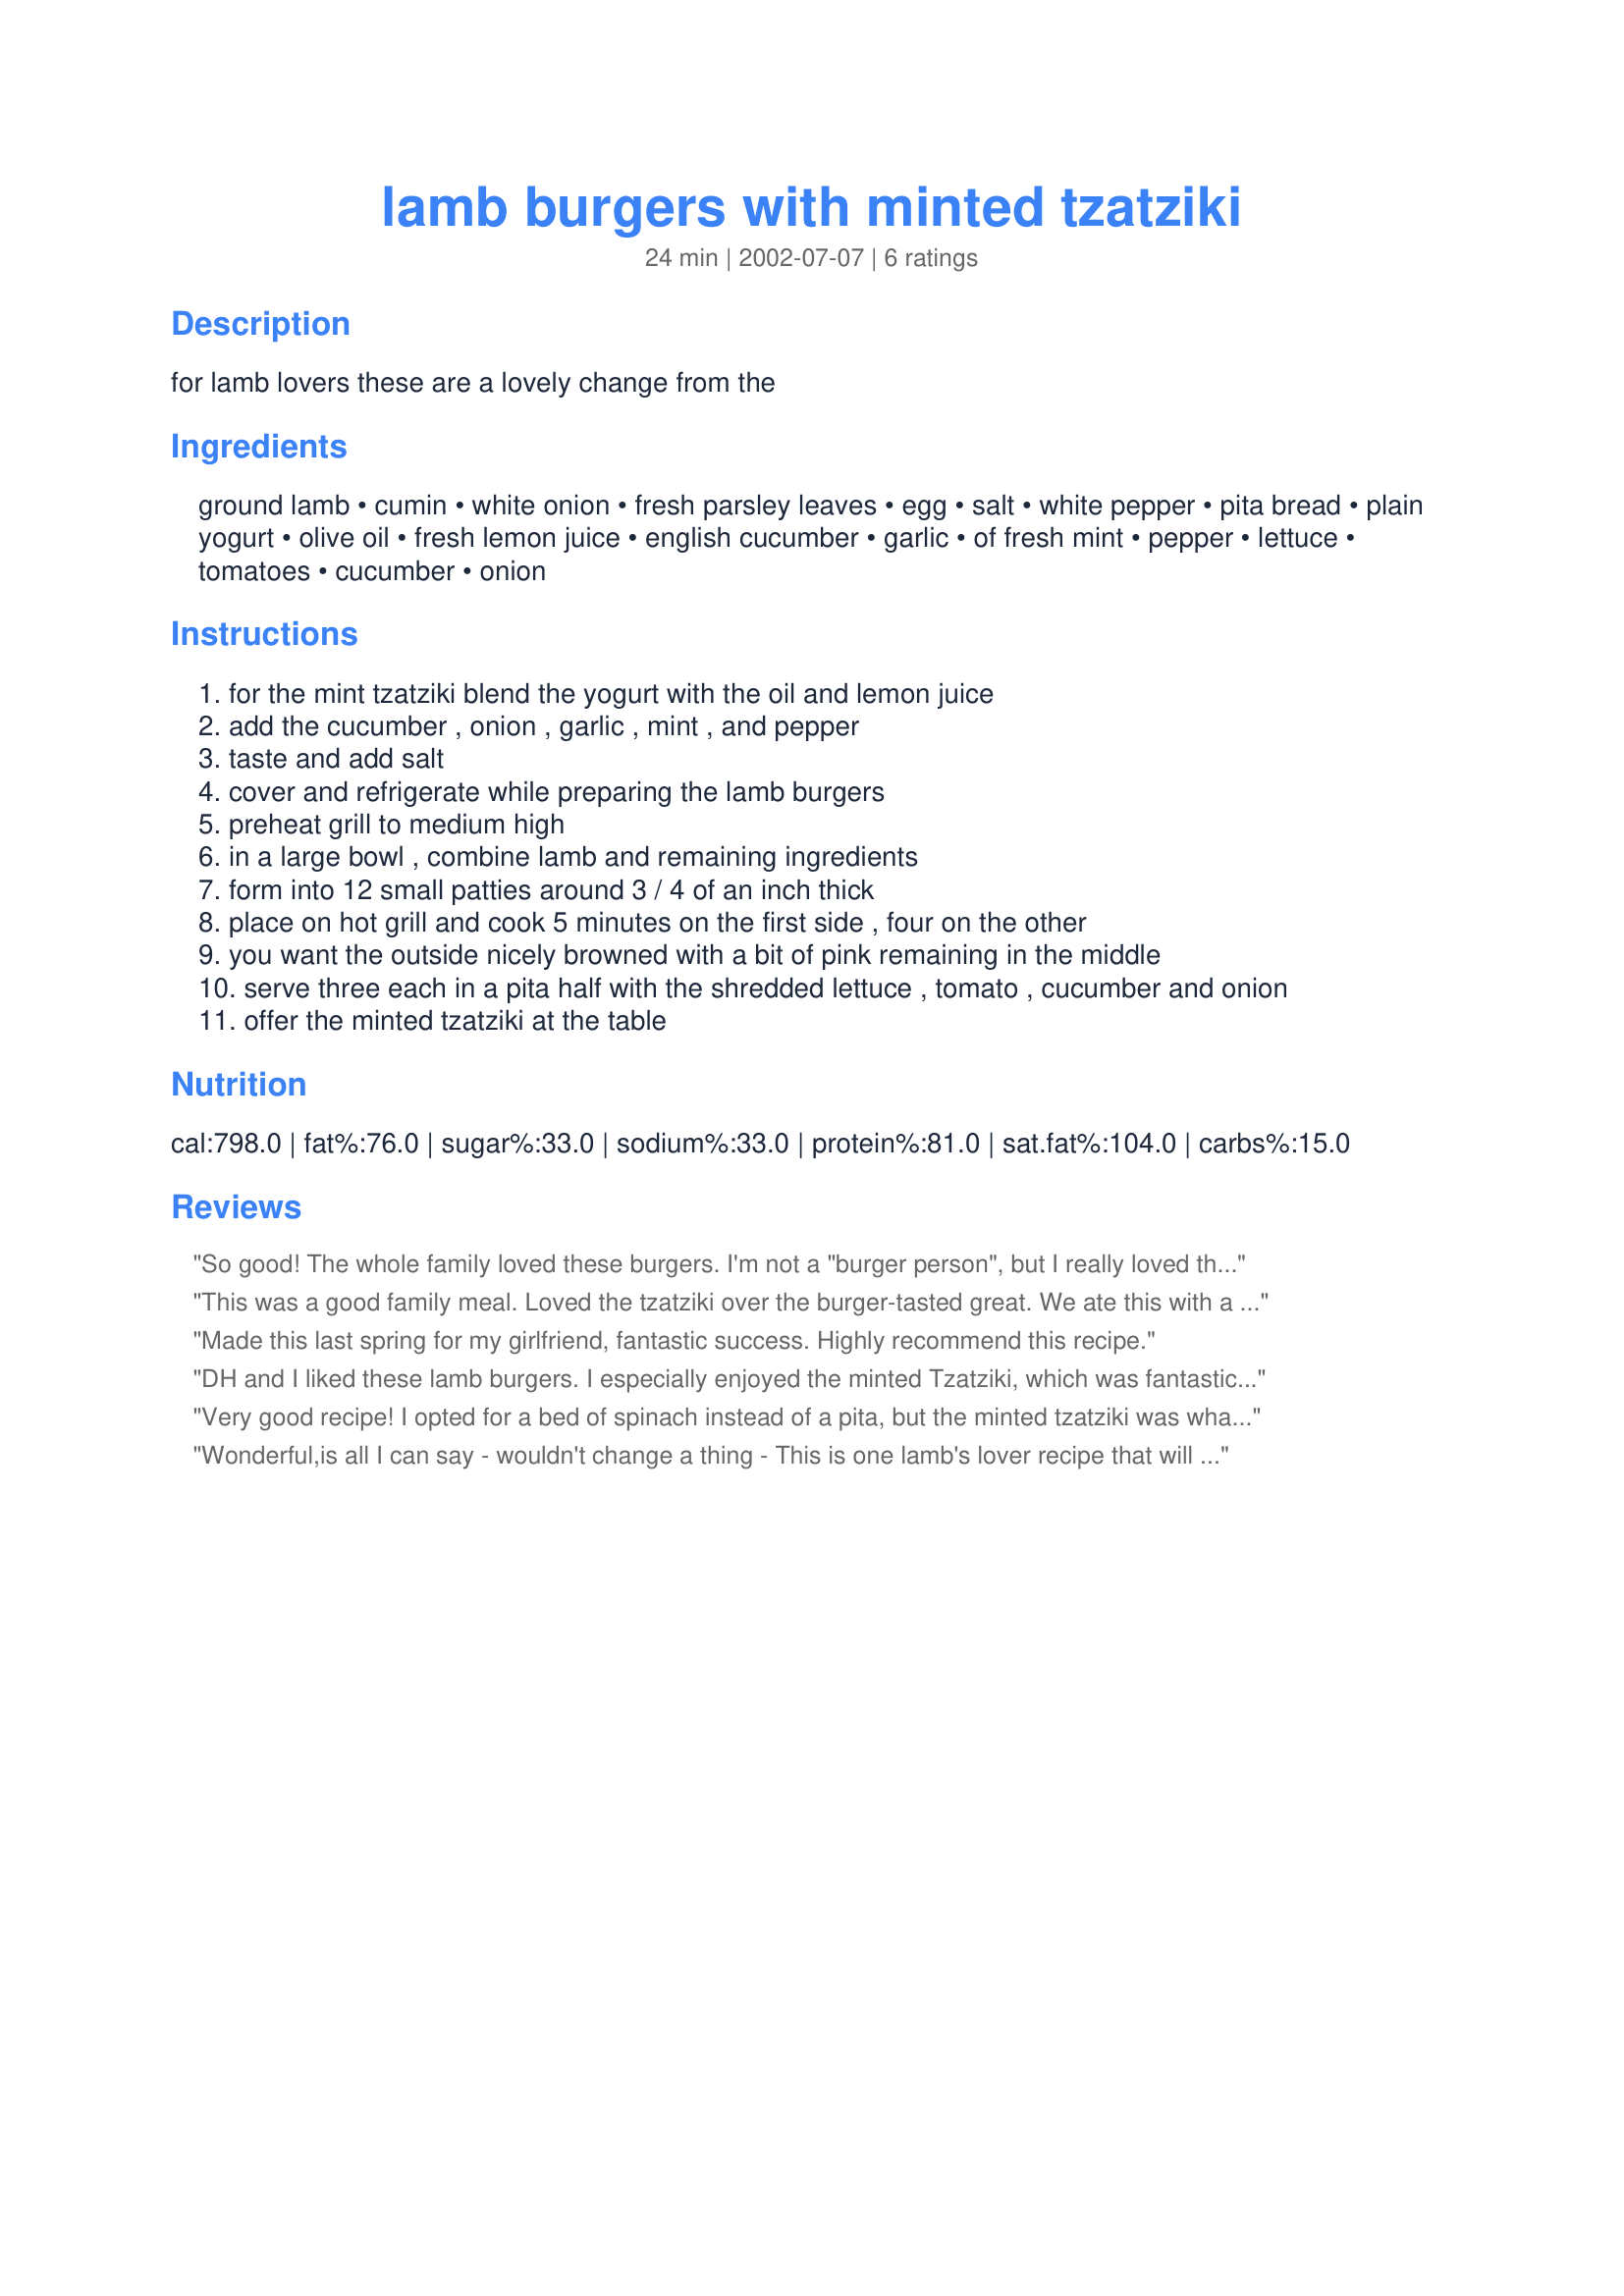
lamb burgers with minted tzatziki
Preparation time: 24 minutes

for lamb lovers these are a lovely change from the

Ingredients:
ground lamb, cumin, white onion, fresh parsley leaves, egg, salt, white pepper, pita bread, plain yogurt, olive oil, fresh lemon juice, english cucumber, garlic, of fresh mint, pepper, lettuce, tomatoes, cucumber, onion

Steps:
for the mint tzatziki blend the yogurt with the oil and lemon juice
add the cucumber , onion , garlic , mint , and pepper
taste and add salt
cover and refrigerate while preparing the lamb burgers
preheat grill to medium high
in a large bowl , combine lamb and remaining ingredients
form into 12 small patties around 3 / 4 of an inch thick
place on hot grill and cook 5 minutes on the first side , four on the other
you want the outside nicely browned with a bit of pink remaining in the middle
serve three each in a pita half with the shredded lettuce , tomato , cucumber and onion
offer the minted tzatziki at the table

Reviews:
So good! The whole family loved these burgers. I'm not a "burger person", but I really loved these. I did add a generous 1/2 cup of crumbled feta cheese to the meat mixture. Very flavorful. I will make these often. Thanx!
This was a good family meal. Loved the tzatziki over the burger-tasted great. We ate this with a salad, and Erin Ecklund's Italian Potatoes recipe #15370.
Made this last spring for my girlfriend, fantastic success. Highly recommend this recipe.
DH and I liked these lamb burgers. I especially enjoyed the minted Tzatziki, which was fantastic. The reason we are not giving this recipe 5 stars is because the lamb burgers themselves are not as flavorful as I would have liked. I have a lamb burger recipe posted (Recipe #305505) where the burger is made with mint, garlic, cumin, coriander, salt and cayenne, which I really like. However, I love the Tzatziki sauce in your recipe. What I might do next time is try a combination of the two recipes where I use the spice combo from my recipe, but top it with your minted tzatziki instead of my yogurt-cilantro blend. Thanks for a nice meal and some new ideas!
Very good recipe! I opted for a bed of spinach instead of a pita, but the minted tzatziki was what really made this amazing! This was my first attempt at making a dish like this and it was easy and very tasty! I also sprinkled feta cheese on top but it really didn't need it as the sauce can stand on its own. When I went for seconds I didn't include the feta. :)
Wonderful,is all I can say - wouldn't change a thing - This is one lamb's lover recipe that will be enjoyed again and again. Thanks Di for a real treasure
